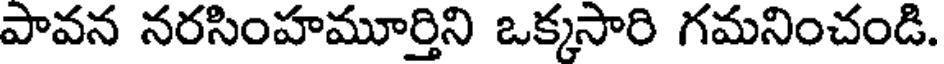
పావన నరసింహమూర్తిని ఒక్కసారి గమనించండి.